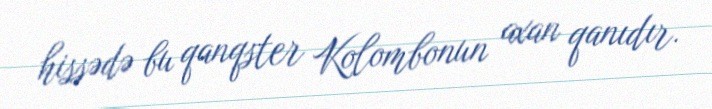
hissədə bu qanqster Kolombonun axan qanıdır.